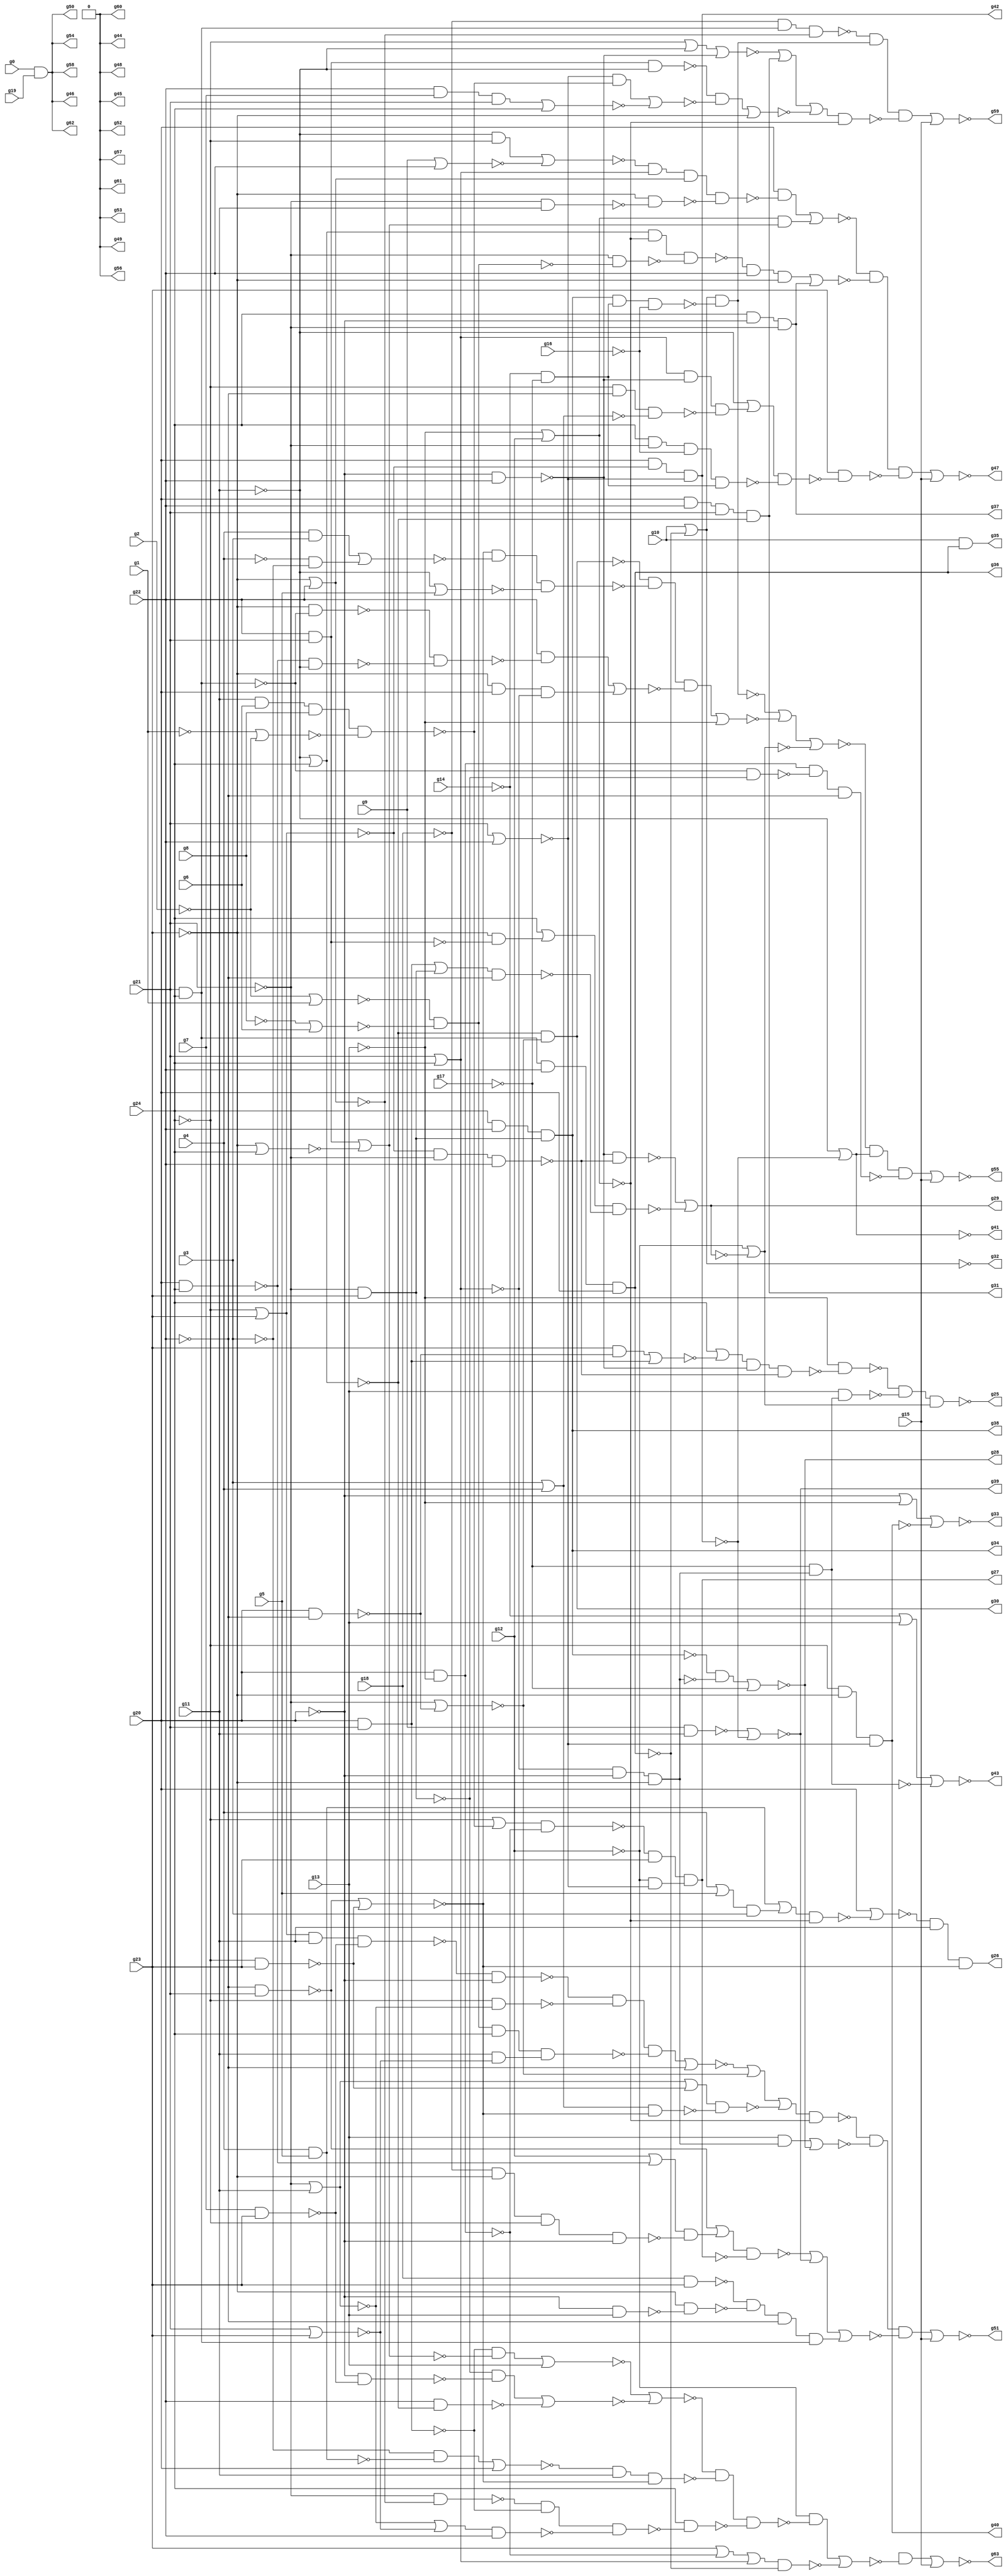
module top ( g0 , g1 , g2 , g3 , g4 , g5 , g6 , g7 , g8 , g9 , g10 , g11 , g12 , g13 , g14 , g15 , g16 , g17 , g18 , g19 , g20 , g21 , g22 , g23 , g24 , g25 , g26 , g27 , g28 , g29 , g30 , g31 , g32 , g33 , g34 , g35 , g36 , g37 , g38 , g39 , g40 , g41 , g42 , g43 , g44 , g45 , g46 , g47 , g48 , g49 , g50 , g51 , g52 , g53 , g54 , g55 , g56 , g57 , g58 , g59 , g60 , g61 , g62 , g63 );
input g0 , g1 , g2 , g3 , g4 , g5 , g6 , g7 , g8 , g9 , g10 , g11 , g12 , g13 , g14 , g15 , g16 , g17 , g18 , g19 , g20 , g21 , g22 , g23 , g24 ;
output g25 , g26 , g27 , g28 , g29 , g30 , g31 , g32 , g33 , g34 , g35 , g36 , g37 , g38 , g39 , g40 , g41 , g42 , g43 , g44 , g45 , g46 , g47 , g48 , g49 , g50 , g51 , g52 , g53 , g54 , g55 , g56 , g57 , g58 , g59 , g60 , g61 , g62 , g63 ;

wire n1 , n2 , n3 , n4 , n5 , n6 , n7 , n8 , n9 , 
     n10 , n11 , n12 , n13 , n14 , n15 , n16 , n17 , n18 , n19 , 
     n20 , n21 , n22 , n23 , n24 , n25 , n26 , n27 , n28 , n29 , 
     n30 , n31 , n32 , n33 , n34 , n35 , n36 , n37 , n38 , n39 , 
     n40 , n41 , n42 , n43 , n44 , n45 , n46 , n47 , n48 , n49 , 
     n50 , n51 , n52 , n53 , n54 , n55 , n56 , n57 , n58 , n59 , 
     n60 , n61 , n62 , n63 , n64 , n65 , n66 , n67 , n68 , n69 , 
     n70 , n71 , n72 , n73 , n74 , n75 , n76 , n77 , n78 , n79 , 
     n80 , n81 , n82 , n83 , n84 , n85 , n86 , n87 , n88 , n89 , 
     n90 , n91 , n92 , n93 , n94 , n95 , n96 , n97 , n98 , n99 , 
     n100 , n101 , n102 , n103 , n104 , n105 , n106 , n107 , n108 , n109 , 
     n110 , n111 , n112 , n113 , n114 , n115 , n116 , n117 , n118 , n119 , 
     n120 , n121 , n122 , n123 , n124 , n125 , n126 , n127 , n128 , n129 , 
     n130 , n131 , n132 , n133 , n134 , n135 , n136 , n137 , n138 , n139 , 
     n140 , n141 , n142 , n143 , n144 , n145 , n146 , n147 , n148 , n149 , 
     n150 , n151 , n152 , n153 , n154 , n155 , n156 , n157 , n158 , n159 , 
     n160 , n161 , n162 , n163 , n164 , n165 , n166 , n167 , n168 , n169 , 
     n170 , n171 , n172 , n173 , n174 , n175 , n176 , n177 , n178 , n179 , 
     n180 , n181 , n182 , n183 , n184 , n185 , n186 , n187 , n188 , n189 , 
     n190 , n191 , n192 , n193 , n194 , n195 , n196 , n197 , n198 , n199 , 
     n200 , n201 , n202 , n203 , n204 , n205 , n206 , n207 , n208 , n209 , 
     n210 , n211 , n212 , n213 , n214 , n215 , n216 , n217 , n218 , n219 , 
     n220 , n221 , n222 , n223 , n224 , n225 , n226 , n227 , n228 , n229 , 
     n230 , n231 , n232 , n233 , n234 , n235 , n236 , n237 , n238 , n239 , 
     n240 , n241 , n242 , n243 , n244 , n245 , n246 , n247 , n248 , n249 , 
     n250 , n251 , n252 , n253 , n254 , n255 , n256 , n257 , n258 , n259 , 
     n260 , n261 , n262 , n263 , n264 , n265 , n266 , n267 , n268 , n269 , 
     n270 , n271 , n272 , n273 , n274 , n275 , n276 , n277 , n278 , n279 , 
     n280 , n281 , n282 , n283 , n284 , n285 , n286 , n287 , n288 , n289 , 
     n290 , n291 , n292 , n293 , n294 , n295 , n296 , n297 , n298 , n299 , 
     n300 , n301 , n302 , n303 , n304 , n305 , n306 , n307 , n308 , n309 , 
     n310 , n311 , n312 , n313 , n314 , n315 , n316 , n317 , n318 , n319 , 
     n320 , n321 , n322 , n323 , n324 , n325 , n326 , n327 , n328 , n329 , 
     n330 , n331 , n332 , n333 , n334 , n335 , n336 , n337 , n338 , n339 , 
     n340 ;
wire t_0 ;
buf ( n1 , g0 );
buf ( n2 , g1 );
buf ( n3 , g2 );
buf ( n4 , g3 );
buf ( n5 , g4 );
buf ( n6 , g5 );
buf ( n7 , g6 );
buf ( n8 , g7 );
buf ( n9 , g8 );
buf ( n10 , g9 );
buf ( n11 , g10 );
buf ( n12 , g11 );
buf ( n13 , g12 );
buf ( n14 , g13 );
buf ( n15 , g14 );
buf ( n16 , g15 );
buf ( n17 , g16 );
buf ( n18 , g17 );
buf ( n19 , g18 );
buf ( n20 , g19 );
buf ( n21 , g20 );
buf ( n22 , g21 );
buf ( n23 , g22 );
buf ( n24 , g23 );
buf ( n25 , g24 );
buf ( g25 , n26 );
buf ( g26 , n27 );
buf ( g27 , n28 );
buf ( g28 , n29 );
buf ( g29 , n30 );
buf ( g30 , n31 );
buf ( g31 , n32 );
buf ( g32 , n33 );
buf ( g33 , n34 );
buf ( g34 , n35 );
buf ( g35 , n36 );
buf ( g36 , n37 );
buf ( g37 , n38 );
buf ( g38 , n39 );
buf ( g39 , n40 );
buf ( g40 , n41 );
buf ( g41 , n42 );
buf ( g42 , n43 );
buf ( g43 , n44 );
buf ( g44 , n45 );
buf ( g45 , n46 );
buf ( g46 , n47 );
buf ( g47 , n48 );
buf ( g48 , n49 );
buf ( g49 , n50 );
buf ( g50 , n51 );
buf ( g51 , n52 );
buf ( g52 , n53 );
buf ( g53 , n54 );
buf ( g54 , n55 );
buf ( g55 , n56 );
buf ( g56 , n57 );
buf ( g57 , n58 );
buf ( g58 , n59 );
buf ( g59 , n60 );
buf ( g60 , n61 );
buf ( g61 , n62 );
buf ( g62 , n63 );
buf ( g63 , n64 );
buf ( n26 , n321 );
buf ( n27 , n329 );
buf ( n28 , n340 );
buf ( n29 , n131 );
buf ( n30 , n339 );
buf ( n31 , n331 );
buf ( n32 , n196 );
buf ( n33 , n178 );
buf ( n34 , n334 );
buf ( n35 , n180 );
buf ( n36 , n336 );
buf ( n37 , n335 );
buf ( n38 , n264 );
buf ( n39 , n180 );
buf ( n40 , n159 );
buf ( n41 , n337 );
buf ( n42 , n308 );
buf ( n43 , n211 );
buf ( n44 , n330 );
buf ( n45 , 1'b0 );
buf ( n46 , 1'b0 );
buf ( n47 , n338 );
buf ( n48 , n275 );
buf ( n49 , 1'b0 );
buf ( n50 , 1'b0 );
buf ( n51 , n338 );
buf ( n52 , n169 );
buf ( n53 , 1'b0 );
buf ( n54 , 1'b0 );
buf ( n55 , n338 );
buf ( n56 , n314 );
buf ( n57 , 1'b0 );
buf ( n58 , 1'b0 );
buf ( n59 , n338 );
buf ( n60 , n207 );
buf ( n61 , 1'b0 );
buf ( n62 , 1'b0 );
buf ( n63 , n338 );
buf ( n64 , n245 );
not ( n77 , n25 );
nor ( n78 , n77 , n24 );
not ( n79 , n78 );
nand ( n80 , n8 , n24 );
nand ( n81 , n79 , n12 , n80 );
not ( n82 , n21 );
nand ( n83 , n81 , n82 );
not ( n84 , n25 );
not ( n85 , n22 );
nor ( n86 , n85 , n12 );
nand ( n87 , n84 , n86 );
not ( n88 , n3 );
nor ( n89 , n88 , n2 );
not ( n90 , n9 );
nor ( n91 , n90 , n7 );
nand ( n92 , n89 , n91 );
not ( n93 , n92 );
nor ( n94 , n22 , n24 );
and ( n95 , n12 , n94 );
nand ( n96 , n93 , n25 , n95 );
and ( n97 , n83 , n87 , n96 );
not ( n98 , n23 );
nor ( n99 , n97 , n98 );
not ( n100 , n22 );
nand ( n101 , n21 , n98 );
nor ( n102 , n100 , n101 );
not ( n103 , n22 );
not ( n104 , n25 );
nand ( n105 , n104 , n24 );
or ( n106 , n103 , n12 , n105 );
nor ( n107 , n4 , n5 );
not ( n108 , n107 );
nand ( n109 , n98 , n22 );
nor ( n110 , n109 , n105 );
nand ( n111 , n108 , n110 );
nand ( n112 , n106 , n111 );
or ( n113 , n99 , n102 , n112 );
not ( n114 , n14 );
nor ( n115 , n114 , n13 );
not ( n116 , n115 );
not ( n117 , n116 );
nand ( n118 , n113 , n117 );
nor ( n119 , n22 , n25 );
not ( n120 , n24 );
and ( n121 , n119 , n82 , n120 );
not ( n122 , n121 );
not ( n123 , n122 );
and ( n124 , n14 , n123 );
not ( n125 , n22 );
nand ( n126 , n125 , n24 );
not ( n127 , n126 );
nand ( n128 , n25 , n23 , n127 );
and ( n129 , n128 , n122 );
not ( n130 , n18 );
nor ( n131 , n129 , n130 );
nor ( n132 , n124 , n131 );
not ( n133 , n109 );
not ( n134 , n133 );
nand ( n135 , n21 , n25 );
or ( n136 , n13 , n135 );
not ( n137 , n19 );
nand ( n138 , n137 , n120 , n84 , n82 );
nand ( n139 , n136 , n138 );
not ( n140 , n139 );
or ( n141 , n134 , n140 );
nand ( n142 , n12 , n7 , n9 );
not ( n143 , n142 );
not ( n144 , n2 );
not ( n145 , n3 );
nor ( n146 , n144 , n145 );
nand ( n147 , n143 , n146 );
or ( n148 , n84 , n147 );
not ( n149 , n14 );
nand ( n150 , n21 , n149 );
nand ( n151 , n148 , n150 );
not ( n152 , n13 );
nor ( n153 , n22 , n23 );
and ( n154 , n152 , n153 );
nand ( n155 , n151 , n24 , n154 );
nand ( n156 , n141 , n155 );
nand ( n157 , n10 , n12 );
nand ( n158 , n21 , n78 , n153 );
nor ( n159 , n157 , n158 );
nand ( n160 , n19 , n24 );
not ( n161 , n21 );
nand ( n162 , n161 , n14 );
nand ( n163 , n120 , n162 );
nand ( n164 , n22 , n25 );
not ( n165 , n164 );
and ( n166 , n160 , n163 , n98 , n165 );
nor ( n167 , n156 , n159 , n166 );
and ( n168 , n118 , n132 , n167 );
nor ( n169 , n168 , n16 );
not ( n170 , n19 );
not ( n171 , n165 );
not ( n172 , n171 );
not ( n173 , n24 );
nor ( n174 , n173 , n23 );
nand ( n175 , n170 , n172 , n174 );
not ( n176 , n164 );
nand ( n177 , n176 , n23 , n21 );
nor ( n178 , n11 , n177 );
not ( n179 , n178 );
and ( n180 , n25 , n23 , n127 );
not ( n181 , n15 );
and ( n182 , n181 , n130 );
not ( n183 , n17 );
nand ( n184 , n180 , n182 , n183 );
nand ( n185 , n179 , n184 );
not ( n186 , n185 );
not ( n187 , n12 );
not ( n188 , n21 );
nand ( n189 , n188 , n23 );
nor ( n190 , n84 , n187 , n189 );
and ( n191 , n21 , n23 );
not ( n192 , n12 );
nor ( n193 , n192 , n25 );
not ( n194 , n193 );
not ( n195 , n194 );
and ( n196 , n191 , n22 , n195 );
nand ( n197 , n23 , n22 , n187 );
and ( n198 , n153 , n147 );
and ( n199 , n23 , n8 , n22 );
nor ( n200 , n199 , n25 );
nor ( n201 , n198 , n200 );
and ( n202 , n197 , n201 );
nor ( n203 , n202 , n120 );
or ( n204 , n190 , n196 , n203 );
nand ( n205 , n204 , n117 );
and ( n206 , n175 , n186 , n205 );
nor ( n207 , n206 , n16 );
nand ( n208 , n130 , n121 );
not ( n209 , n208 );
nand ( n210 , n14 , n209 );
not ( n211 , n158 );
nand ( n212 , n21 , n22 );
not ( n213 , n212 );
not ( n214 , n213 );
nand ( n215 , n22 , n23 );
not ( n216 , n215 );
not ( n217 , n24 );
nor ( n218 , n217 , n25 );
nor ( n219 , n216 , n218 );
and ( n220 , n214 , n219 );
nor ( n221 , n220 , n14 );
not ( n222 , n127 );
nand ( n223 , n82 , n80 );
and ( n224 , n222 , n223 );
nand ( n225 , n23 , n193 );
nor ( n226 , n224 , n225 );
nor ( n227 , n221 , n226 );
not ( n228 , n4 );
nand ( n229 , n5 , n6 );
and ( n230 , n228 , n229 );
nor ( n231 , n230 , n21 );
nand ( n232 , n231 , n12 , n110 );
nand ( n233 , n103 , n174 );
or ( n234 , n86 , n94 );
nand ( n235 , n234 , n23 );
nand ( n236 , n233 , n214 , n235 );
nand ( n237 , n25 , n236 );
nand ( n238 , n227 , n232 , n237 );
and ( n239 , n152 , n238 );
not ( n240 , n119 );
or ( n241 , n24 , n150 , n240 );
nand ( n242 , n241 , n177 );
nor ( n243 , n239 , n242 );
and ( n244 , t_0 , n243 );
nor ( n245 , n244 , n16 );
not ( n246 , n12 );
not ( n247 , n25 );
and ( n248 , n246 , n247 );
nor ( n249 , n10 , n23 );
nor ( n250 , n248 , n249 );
not ( n251 , n174 );
not ( n252 , n22 );
nand ( n253 , n252 , n12 );
nand ( n254 , n120 , n253 );
nand ( n255 , n250 , n240 , n251 , n254 );
and ( n256 , n21 , n255 );
not ( n257 , n219 );
and ( n258 , n116 , n257 );
nor ( n259 , n256 , n258 );
not ( n260 , n195 );
nand ( n261 , n103 , n92 );
nand ( n262 , n260 , n115 , n261 );
and ( n263 , n262 , n23 , n120 );
and ( n264 , n25 , n82 , n103 );
nor ( n265 , n263 , n264 );
not ( n266 , n12 );
nand ( n267 , n84 , n98 , n107 );
nand ( n268 , n240 , n189 , n267 );
not ( n269 , n268 );
or ( n270 , n266 , n269 );
nand ( n271 , n25 , n103 , n183 , n182 );
nand ( n272 , n270 , n271 );
nand ( n273 , n24 , n272 );
and ( n274 , n259 , n265 , n273 );
nor ( n275 , n274 , n16 );
not ( n276 , n194 );
nand ( n277 , n276 , n102 );
and ( n278 , n5 , n4 );
not ( n279 , n5 );
and ( n280 , n279 , n228 );
nor ( n281 , n278 , n280 );
nor ( n282 , n187 , n6 );
nand ( n283 , n110 , n281 , n282 );
not ( n284 , n24 );
nand ( n285 , n284 , n164 );
nand ( n286 , n135 , n187 );
nand ( n287 , n285 , n286 );
and ( n288 , n23 , n287 );
and ( n289 , n120 , n21 , n119 );
nor ( n290 , n288 , n289 );
and ( n291 , n277 , n283 , n290 );
nor ( n292 , n291 , n149 );
nand ( n293 , n78 , n103 , n23 );
nand ( n294 , n189 , n293 );
not ( n295 , n84 );
not ( n296 , n24 );
nand ( n297 , n296 , n215 );
not ( n298 , n297 );
or ( n299 , n295 , n298 );
not ( n300 , n212 );
not ( n301 , n126 );
or ( n302 , n300 , n301 );
nand ( n303 , n302 , n98 );
nand ( n304 , n299 , n303 );
nor ( n305 , n294 , n304 );
nor ( n306 , n152 , n305 );
nor ( n307 , n185 , n292 , n306 );
nor ( n308 , n187 , n158 );
not ( n309 , n308 );
not ( n310 , n150 );
nand ( n311 , n171 , n222 );
nand ( n312 , n310 , n311 , n98 );
and ( n313 , n307 , n309 , n312 );
nor ( n314 , n313 , n16 );
and ( n315 , n24 , n101 );
nor ( n316 , n315 , n213 );
or ( n317 , n25 , n316 );
nand ( n318 , n317 , n189 , n293 );
nand ( n319 , n149 , n318 );
not ( n320 , n306 );
nand ( n321 , n319 , n210 , n320 );
not ( n322 , n229 );
or ( n323 , n5 , n6 );
nand ( n324 , n323 , n4 );
not ( n325 , n324 );
or ( n326 , n322 , n325 );
nand ( n327 , n326 , n115 );
nor ( n328 , n21 , n327 );
and ( n329 , n328 , n12 , n110 );
nor ( n330 , n181 , n14 , n208 );
not ( n331 , n277 );
not ( n332 , n25 );
nand ( n333 , n332 , n120 , n153 );
nor ( n334 , n82 , n149 , n333 );
not ( n335 , n177 );
and ( n336 , n11 , n335 );
not ( n337 , n333 );
and ( n338 , n1 , n20 );
not ( n339 , n305 );
not ( n340 , n155 );
endmodule